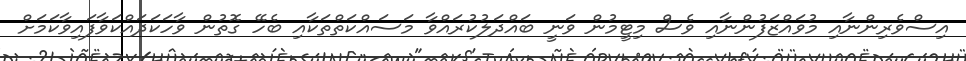
އިސްވެރިންނާއި މުވައްޒަފުންނާއި ވެސް މިޓީމުން ވަނީ ބައްދަލުކުރައްވާ މަސައްކަތްތަކާއި ބެހޭ ގޮތުން ވާހަކަދައްކަވާފައިވާކަމަށް